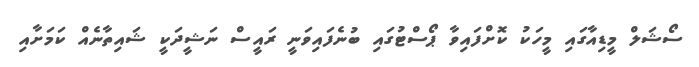
ސޯޝަލް މީޑިއާގައި މީހަކު ކޮށްފައިވާ ޕޯސްޓުގައި ބުނެފައިވަނީ ރައީސް ނަޝީދަކީ ޝައިތާނެއް ކަމަށާއި